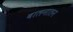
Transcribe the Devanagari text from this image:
बालनातन